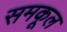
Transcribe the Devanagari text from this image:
समकूल